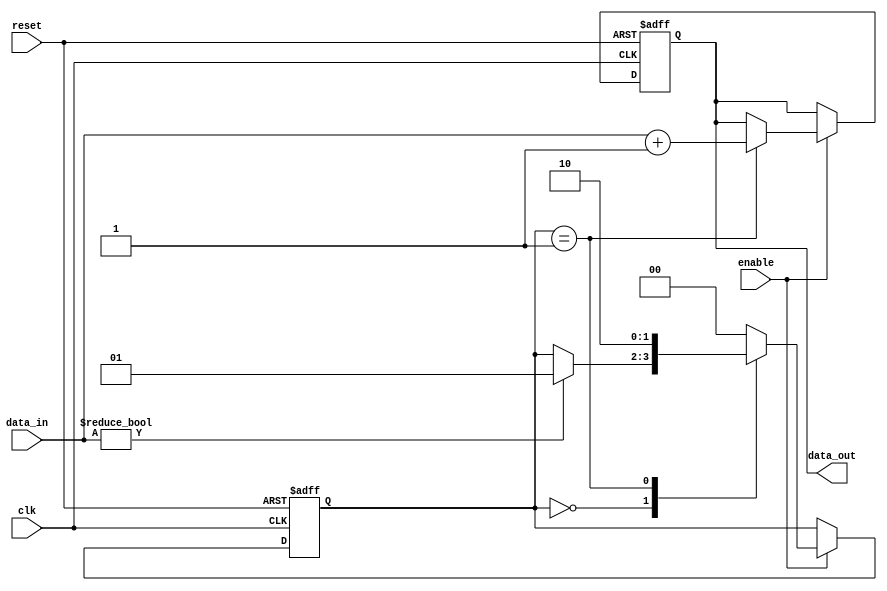
module negative_edge_sensitive_block (
    input wire clk,        // Clock signal
    input wire reset,      // Reset signal
    input wire enable,     // Control signal
    input wire [3:0] data_in, // Input data
    output reg [3:0] data_out // Output data
);

    // State variable to represent the current state
    reg [1:0] state;

    // State encoding
    localparam STATE_IDLE = 2'b00;
    localparam STATE_PROCESS = 2'b01;
    localparam STATE_DONE = 2'b10;

    // Sequential logic block sensitive to the negative edge of the clock
    always @(negedge clk or negedge reset) begin
        if (!reset) begin
            // Reset condition
            state <= STATE_IDLE;
            data_out <= 4'b0000; // Clear output on reset
        end else if (enable) begin
            // State management based on current state
            case (state)
                STATE_IDLE: begin
                    if (data_in != 4'b0000) begin
                        state <= STATE_PROCESS; // Transition to PROCESS state
                    end
                end

                STATE_PROCESS: begin
                    // Perform some processing (example: increment input)
                    data_out <= data_in + 1;
                    state <= STATE_DONE; // Transition to DONE state
                end

                STATE_DONE: begin
                    // Finalize output and return to IDLE
                    state <= STATE_IDLE;
                end

                default: begin
                    state <= STATE_IDLE; // Default to IDLE state
                end
            endcase
        end
    end

endmodule